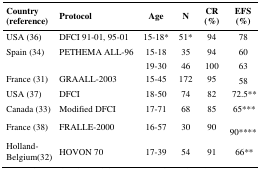
<table><thead><tr><td><b>Country (reference)</b></td><td><b>Protocol</b></td><td><b>Age</b></td><td><b>N</b></td><td><b>CR (%)</b></td><td><b>EFS (%)</b></td></tr></thead><tbody><tr><td>USA (36)</td><td>DFCI 91-01, 95-01</td><td>15–18*</td><td>51*</td><td>94</td><td>78</td></tr><tr><td>Spain (34)</td><td>PETHEMA ALL-96</td><td>15–18</td><td>35</td><td>94</td><td>60</td></tr><tr><td></td><td></td><td>19–30</td><td>46</td><td>100</td><td>63</td></tr><tr><td>France (31)</td><td>GRAALL-2003</td><td>15–45</td><td>172</td><td>95</td><td>58</td></tr><tr><td>USA (37)</td><td>DFCI</td><td>18–50</td><td>74</td><td>82</td><td>72.5**</td></tr><tr><td>Canada (33)</td><td>Modified DFCI</td><td>17–71</td><td>68</td><td>85</td><td>65***</td></tr><tr><td>France (38)</td><td>FRALLE-2000</td><td>16–57</td><td>30</td><td>90</td><td>90****</td></tr><tr><td>Holland-Belgium(32)</td><td>HOVON 70</td><td>17–39</td><td>54</td><td>91</td><td>66**</td></tr></tbody></table>